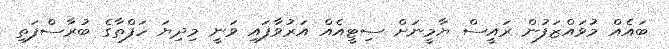
ބައެއް މުވައްޒަފުން ރައީސް ޔާމީނަށް ސިޓީއެއް އަރުވާފައި ވަނީ މިދިޔަ ހަފްތާގެ ބުރާސްފަތި